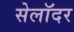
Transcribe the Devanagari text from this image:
सेलॉदर